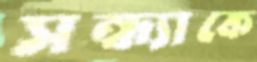
সন্ধ্যাকে